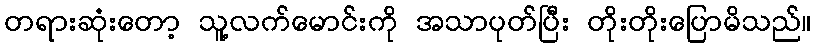
တရားဆုံးတော့ သူ့လက်မောင်းကို အသာပုတ်ပြီး တိုးတိုးပြောမိသည်။